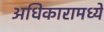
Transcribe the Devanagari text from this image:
अधिकारामध्ये